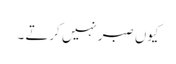
کیوں صبر نہیں کرتے ۔